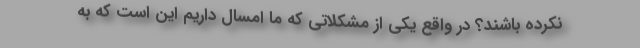
نکرده باشند؟ در واقع یکی از مشکلاتی که ما امسال داریم این است که به